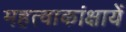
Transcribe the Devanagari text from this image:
महत्वाकांक्षायें